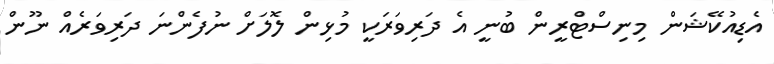
އެޑިއުކޭޝަން މިނިސްޓްރީން ބުނީ އެ ދަރިވަރަކީ މުޅިން ލޮލަށް ނުފެންނަ ދަރިވަރެއް ނޫން